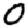
Digit: 0